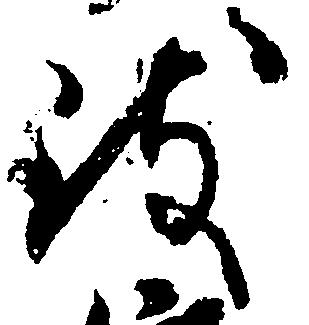
被